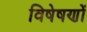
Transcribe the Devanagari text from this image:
विषेषणों